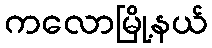
ကလောမြို့နယ်